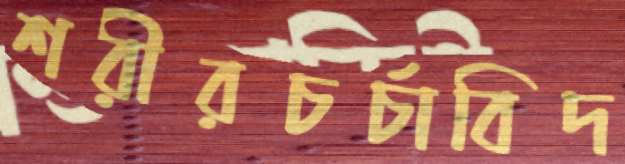
শরীরচর্চাবিদ